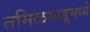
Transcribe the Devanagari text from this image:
तमिळमाडूमध्ये